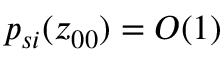
p _ { s i } ( z _ { 0 0 } ) = { O } \! \left( 1 \right)